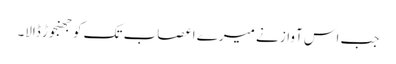
جب اس آواز نے میرے اعصاب تک کو جھنجوڑ ڈالا۔